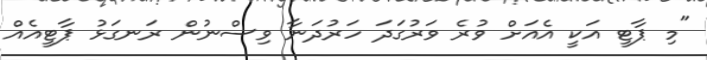
"މި ޕާޓީ އަކީ އެއަށް ވުރެ ވަރުގަދަ ހަރުދަނާ ވިސްނުން ރަނގަޅު ޕާޓީއެއް